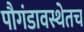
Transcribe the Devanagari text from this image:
पौगंडावस्थेतच